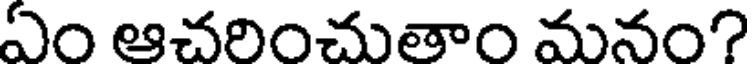
ఏం ఆచరించుతాం మనం?